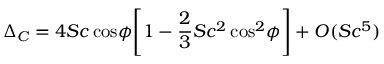
\Delta _ { C } = 4 S c \, \mathrm { c o s } \phi \Bigg [ 1 - { \frac { 2 } { 3 } } S c ^ { 2 } \, \mathrm { c o s } ^ { 2 } \phi \Bigg ] + O ( S c ^ { 5 } )